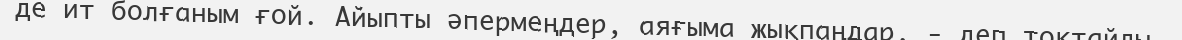
де ит болғаным ғой. Айыпты әпермеңдер, аяғыма жықпаңдар, - деп тоқтайды.